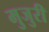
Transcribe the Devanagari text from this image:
मुजुरी